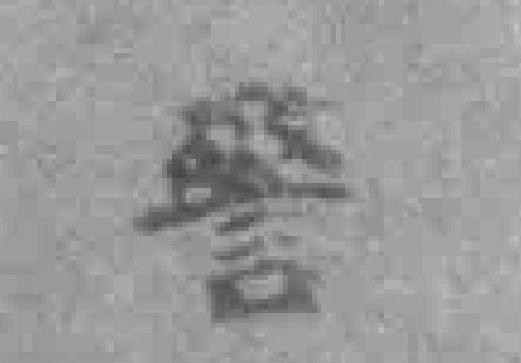
警